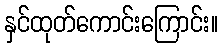
နှင်ထုတ်ကောင်းကြောင်း။